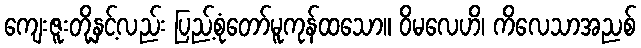
ကျေးဇူးတို့နှင့်လည်း ပြည့်စုံတော်မူကုန်ထသော။ ဝိမလေဟိ၊ ကိလေသာအညစ်